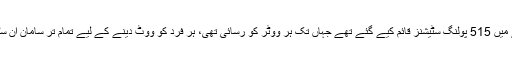
انھوں نے گذشتہ انتخابات کا حوالہ دیتے ہوئے کہا ہے کہ ان انتخابات میں ضلعے میں 515 پولنگ سٹیشنز قائم کیے گئے تھے جہاں تک ہر ووٹر کو رسائی تھی، ہر فرد کو ووٹ دینے کے لیے تمام تر سامان ان سٹیشنوں تک پہنچایا گیا تو پھر کیا وجہ ہے کہ امدادی سامان ہر جگہ نہیں پہنچ پایا۔